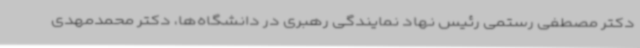
دکتر مصطفی رستمی رئیس نهاد نمایندگی رهبری در دانشگاه‌ها، دکتر محمدمهدی